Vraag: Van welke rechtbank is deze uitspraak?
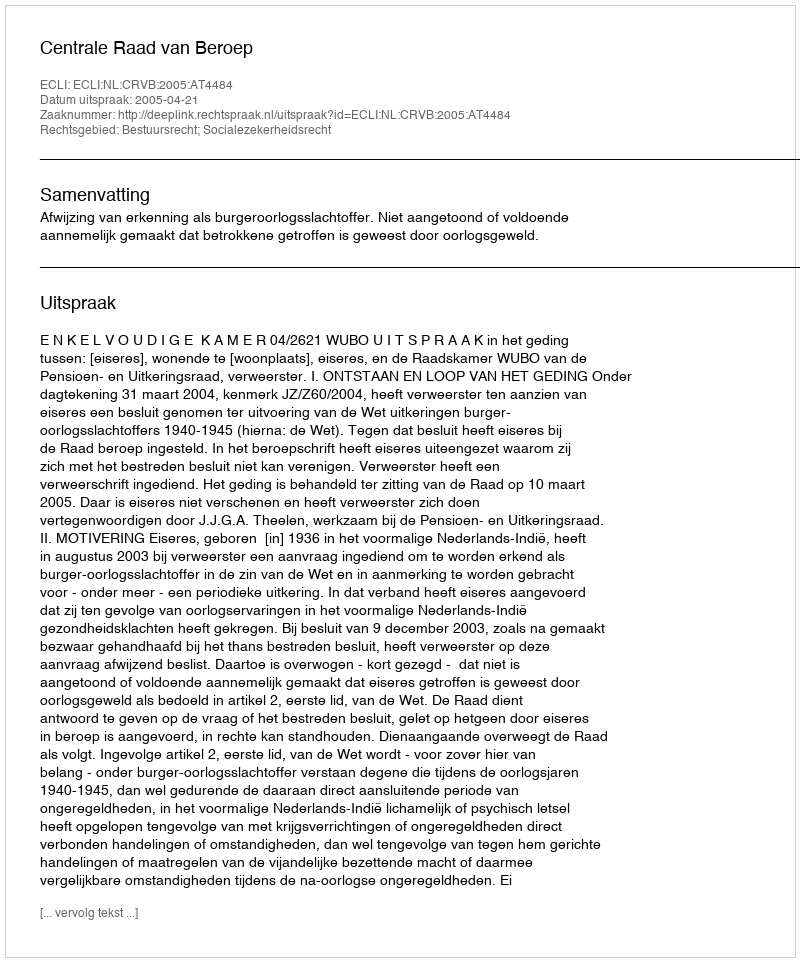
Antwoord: Centrale Raad van Beroep